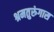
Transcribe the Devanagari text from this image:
श्रमतुरुंगास